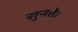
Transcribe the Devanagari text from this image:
सुनते।